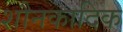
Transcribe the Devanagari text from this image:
शौनकादिक